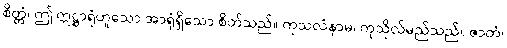
စိတ္တံ၊ ဤ ဣဋ္ဌာရုံဟူသော အာရုံရှိသော စိတ်သည်။ ကုသလံနာမ၊ ကုသိုလ်မည်သည်။ ဇာတံ၊